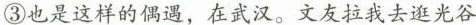
我们会渐渐老去，梦想却不会：③也是这样的偶遇，在武汉，文友拉我去逛光谷